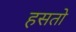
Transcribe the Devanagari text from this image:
हसतो